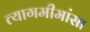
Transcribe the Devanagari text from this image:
त्यागमीमांसा